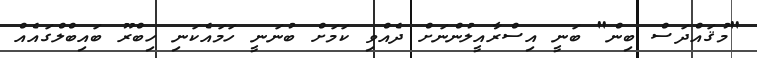
"މުޤައްދަސް ބިން" ބަނީ އިސްރާއީލުންނަށް ދެއްވި ކަމަށް ބުނަނީ ހަމައެކަނި ހިބްރޫ ބައިބްލްގައެއް